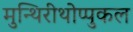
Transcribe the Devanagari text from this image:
मुन्थिरीथोप्पुकल